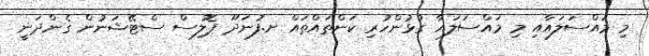
މި މައްސަލައާއި މި މައްސަލައާ ގުޅުންހުރި ކަންތައްތައް ށ.ފުނަދޫ ޕޮލިސް ސްޓޭޝަނުން ގެންދަނީ